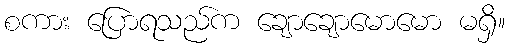
စကား ပြောရသည်က ချောချောမောမော မရှိ။